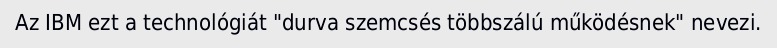
Az IBM ezt a technológiát "durva szemcsés többszálú működésnek" nevezi.